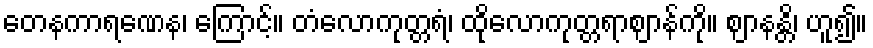
တေနကာရဏေန၊ ကြောင့်။ တံလောကုတ္တရံ၊ ထိုလောကုတ္တရာဈာန်ကို။ ဈာနန္တိ၊ ဟူ၍။